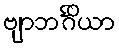
ဗျာဘင်္ဂိယာ